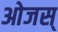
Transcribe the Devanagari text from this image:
ओजस्‌